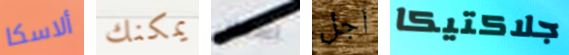
ألاسكا يمكنك اسنان أجل جلاكتيكا